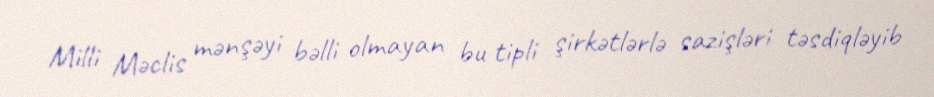
Milli Məclis mənşəyi bəlli olmayan bu tipli şirkətlərlə sazişləri təsdiqləyib